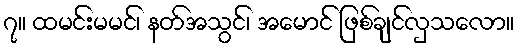
၇။ ထမင်းမမင်၊ နတ်အသွင်၊ အမောင် ဖြစ်ချင်လှသလော။